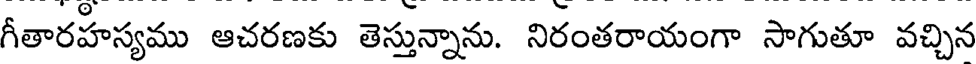
గీతారహస్యము ఆచరణకు తెస్తున్నాను. నిరంతరాయంగా సాగుతూ వచ్చిన